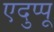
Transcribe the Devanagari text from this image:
एदुप्पू